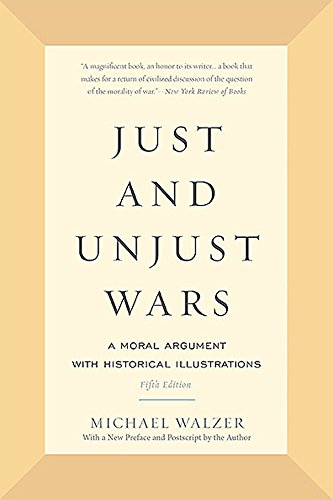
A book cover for Just and Unjust Wars: A Moral Argument with Historical Illustrations; Michael Walzer; Politics & Social Sciences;